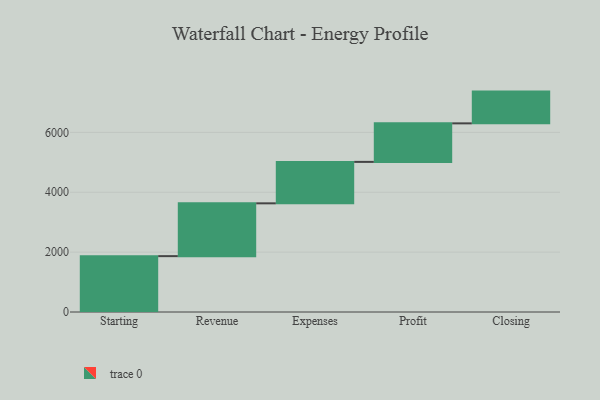
{"axis": {"x": "Step", "y": "Value"}, "legend": [""], "data": [{"x": "Starting", "y": 1866.0, "type": ""}, {"x": "Revenue", "y": 1764.0, "type": ""}, {"x": "Expenses", "y": 1384.0, "type": ""}, {"x": "Profit", "y": 1287.0, "type": ""}, {"x": "Closing", "y": 1061.0, "type": ""}]}